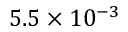
5 . 5 \times 1 0 ^ { - 3 }